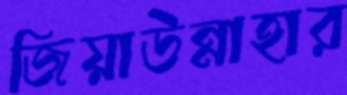
জিয়াউন্নাহার